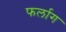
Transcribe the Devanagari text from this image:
फर्लाग